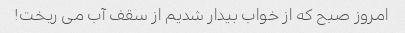
امروز صبح که از خواب بیدار شدیم از سقف آب می ریخت!